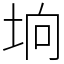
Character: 垧